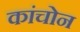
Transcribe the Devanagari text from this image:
कांचोन